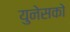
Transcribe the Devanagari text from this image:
युनेसको